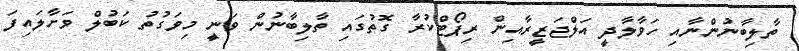
ތާލިބާނުންނާއި ހަވާލާދީ އަލްޖަޒީރާއިން ރިޕޯޓްކުރާ ގޮތުގައި ތާލިބާނުން ވަނީ މިވަގުތު ކަބުލް ވަށާލައިފަ